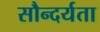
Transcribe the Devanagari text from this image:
सौन्‍दर्यता